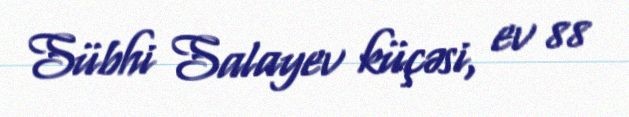
Sübhi Salayev küçəsi, ev 88